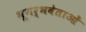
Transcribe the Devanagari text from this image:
भूगर्भवेताओं